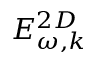
E _ { \omega , k } ^ { 2 D }